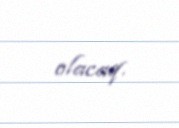
olacaq.